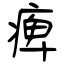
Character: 痺